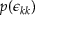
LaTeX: p ( \epsilon _ { k k } )